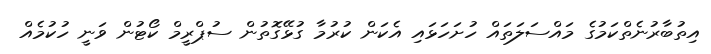
އިތުބާރުނެތްކަމުގެ މައްސަލަތައް ހުށަހަޅައި އެކަން ކުރުމާ ގުޅޭގޮތުން ސުޕްރީމް ކޯޓުން ވަނީ ހުކުމެއް